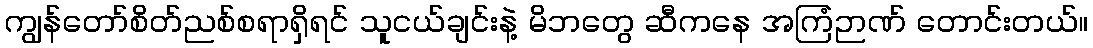
ကျွန်တော်စိတ်ညစ်စရာရှိရင် သူငယ်ချင်းနဲ့ မိဘတွေ ဆီကနေ အကြံဉာဏ် တောင်းတယ်။